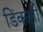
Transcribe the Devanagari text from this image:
डिंकली